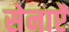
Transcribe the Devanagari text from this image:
सेनाऐं